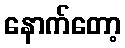
နောက်တော့